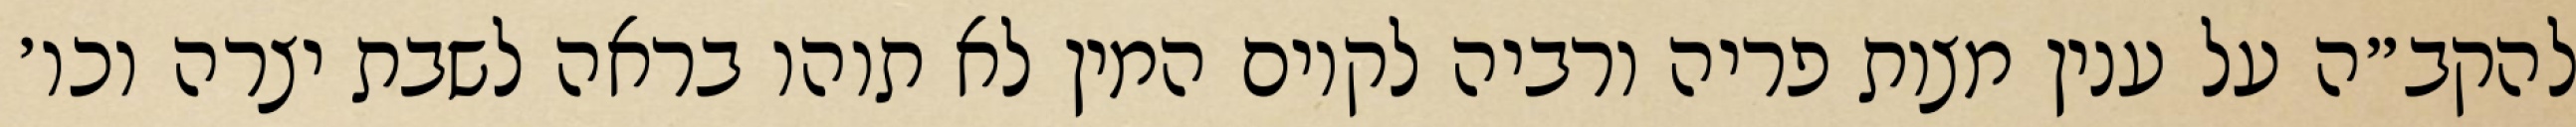
להקב״ה על ענין מצות פריה ורביה לקיום המין לא תוהו בראה לשבת יצרה וכו׳